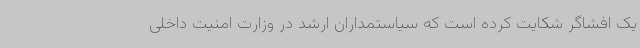
یک افشاگر شکایت کرده است که سیاستمداران ارشد در وزارت امنیت داخلی